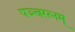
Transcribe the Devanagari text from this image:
पञ्चरत्नम्